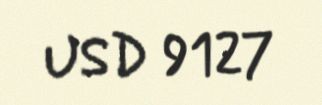
USD 9127